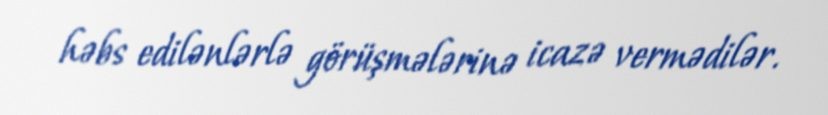
həbs edilənlərlə görüşmələrinə icazə vermədilər.